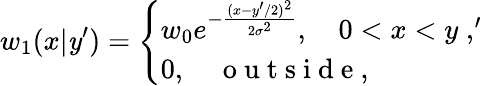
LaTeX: w_{1}(x|\mathit{y}^{\prime})=\left\{ \begin{array}{l}{{w_{0}}e^{-{\frac{(x-y^{\prime}/2)^{2}}{2\sigma^{2}}}},\quad 0<x<y\; ,^{\prime}}\\ {0,\quad\mathrm{~o~u~t~s~i~d~e~,~}}\end{array}\right.